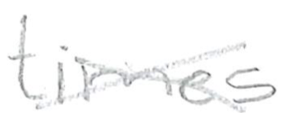
Text: times
Cross-out: cross
Writing tool: pencil